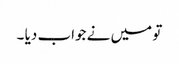
تو میں نے جواب دیا ۔